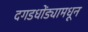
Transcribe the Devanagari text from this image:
दगडधोंड्यामधून